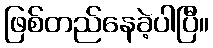
ဖြစ်တည်နေခဲ့ပါပြီ။